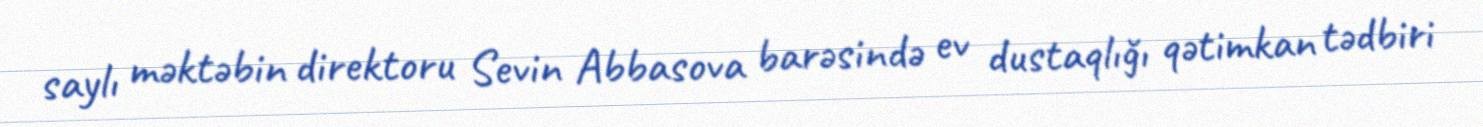
saylı məktəbin direktoru Sevin Abbasova barəsində ev dustaqlığı qətimkan tədbiri